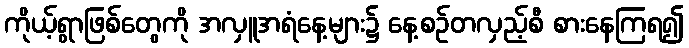
ကိုယ့်ရွာဖြစ်တွေကို အလှူအရံနေ့များ၌ နေ့စဉ်တလှည့်စီ စားနေကြရ၍